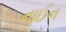
નાઈન